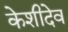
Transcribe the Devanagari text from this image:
केशीदेव